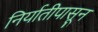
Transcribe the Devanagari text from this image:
निर्यातीपासून